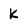
Character: k